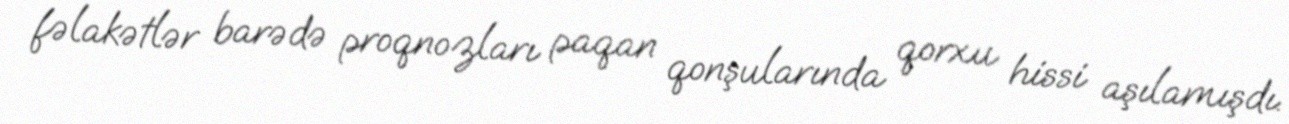
fəlakətlər barədə proqnozları paqan qonşularında qorxu hissi aşılamışdı.